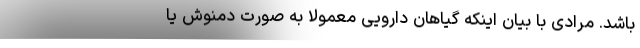
باشد. مرادی با بیان اینکه گیاهان دارویی معمولاً به صورت دمنوش یا